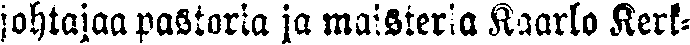
johtajaa pastoria ja maisteria Kaarlo Kerk-